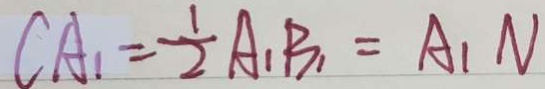
C A _ { 1 } = \frac { 1 } { 2 } A _ { 1 } B _ { 1 } = A _ { 1 } N